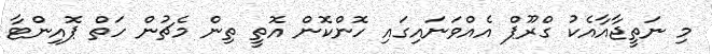
މި ނަތީޖާއާއެކު ގްރޫޕް އެއްވަނައިގައި ހޮންކޮން އޮތީ ތިން މެޗުން ހަތް ޕޮއިންޓާ